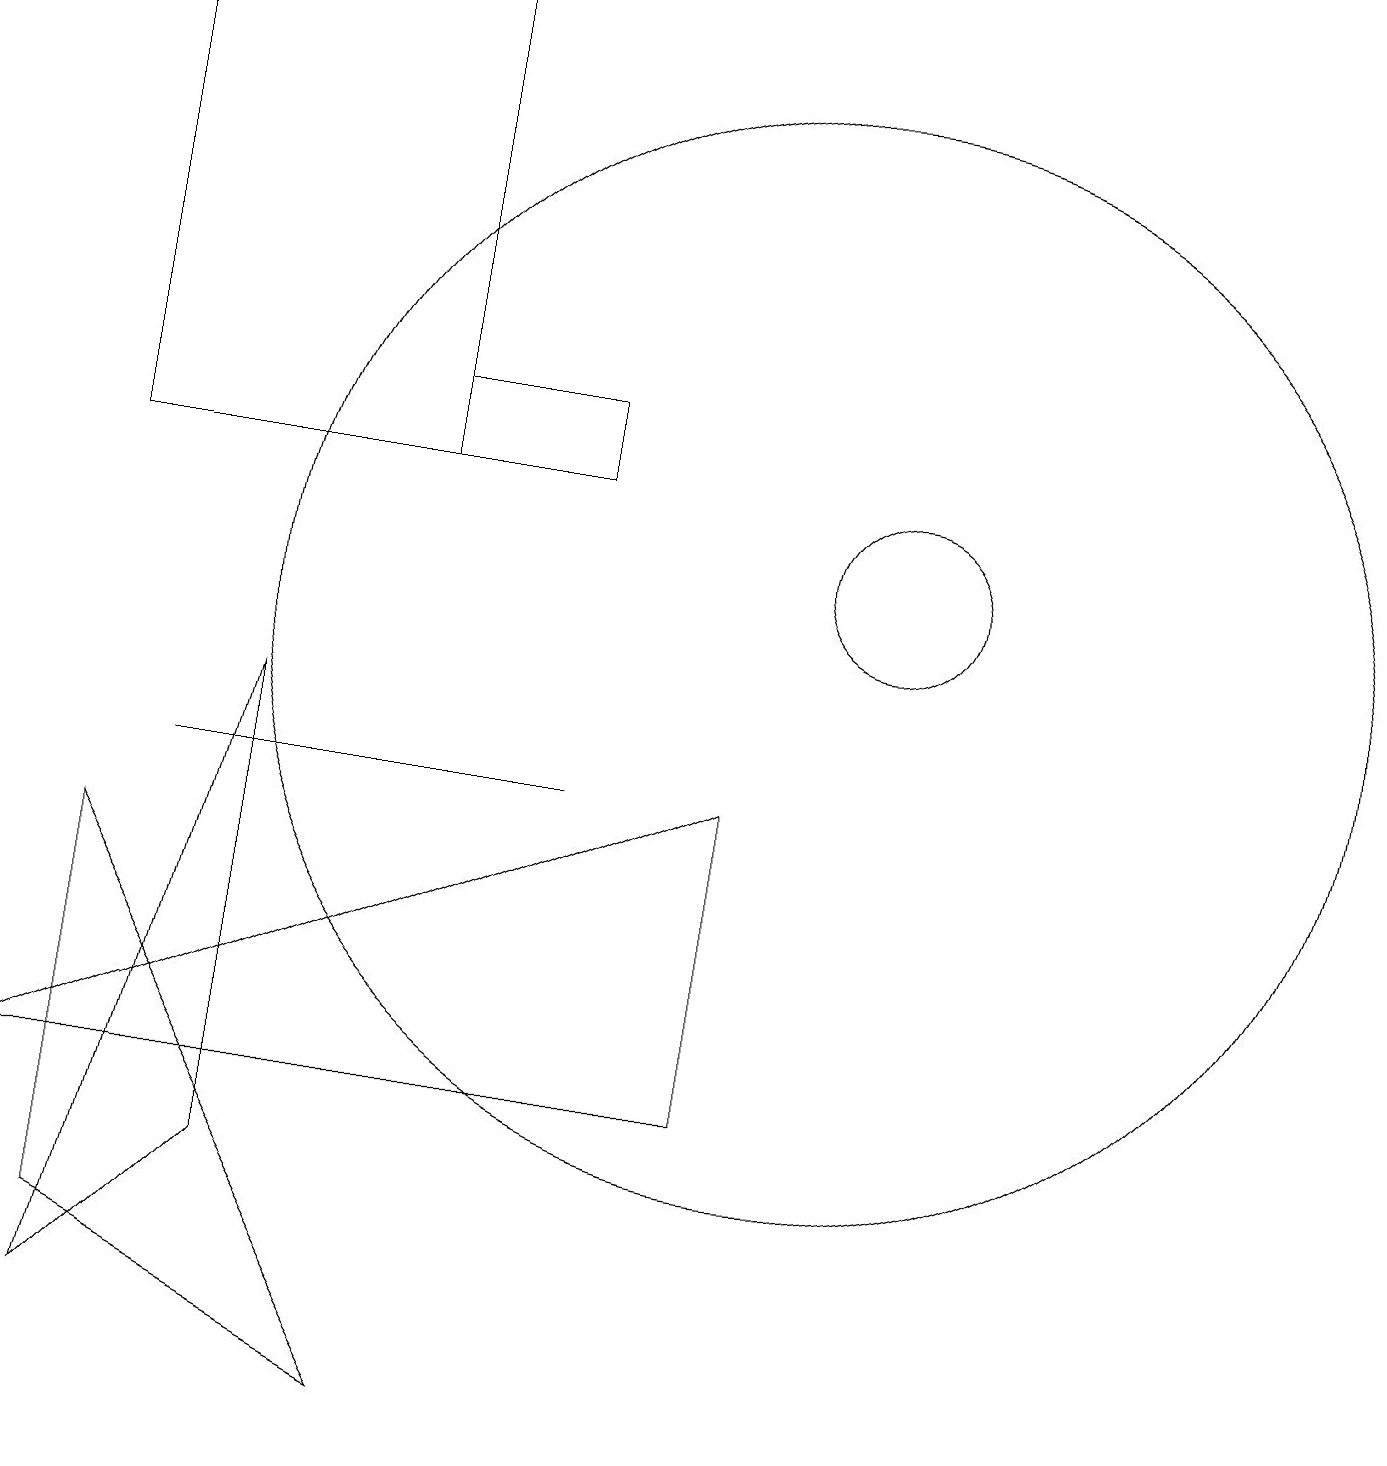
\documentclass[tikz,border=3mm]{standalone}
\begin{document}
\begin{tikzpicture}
\draw (1,12) rectangle (5,18);
\draw (11,11) circle (1);
\draw (9,4) -- (0,4) -- (9,8) -- cycle;
\draw (3,3) -- (3,9) -- (1,1) -- cycle;
\draw (10,10) circle (7);
\draw (5,0) -- (1,2) -- (1,7) -- cycle;
\draw (5,13) rectangle (7,12);
\draw (2,8) -- (7,8) -- (3,8) -- cycle;
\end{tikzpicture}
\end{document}